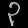
Digit: ၃